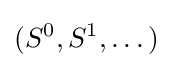
(S^{0},S^{1},\dots )